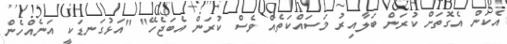
އެކަން އެގޮތަށް ކުރަން ބަލާއިރު މަސައްކަތެއް ވެސް ކުރަން އެބަޖެހޭ" "އަޅުގަނޑަކީ އަނެއްހެން